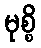
မုစ္စိ